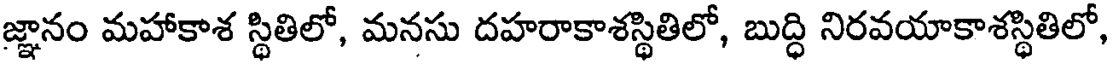
జ్ఞానం మహాకాశ స్థితిలో, మనసు దహరాకాశస్థితిలో, బుద్ధి నిరవయాకాశస్థితిలో,